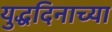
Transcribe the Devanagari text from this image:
युद्धदिनाच्या